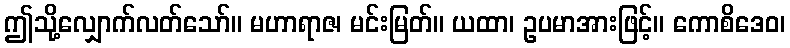
ဤသို့လျှောက်လတ်သော်။ မဟာရာဇ၊ မင်းမြတ်။ ယထာ၊ ဥပမာအားဖြင့်။ ကောစိဒေဝ၊